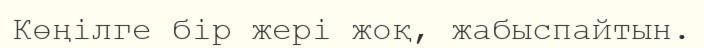
Көңілге бір жері жоқ, жабыспайтын.